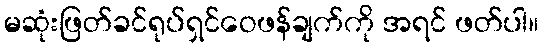
မဆုံးဖြတ်ခင်ရုပ်ရှင်ဝေဖန်ချက်ကို အရင် ဖတ်ပါ။